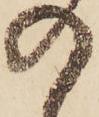
の